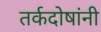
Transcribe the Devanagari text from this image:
तर्कदोषांनी